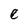
Character: e